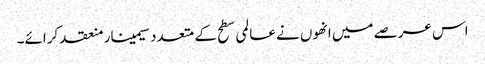
اس عرصے میں انھوں نے عالمی سطح کے متعدد سیمینار منعقد کرائے۔